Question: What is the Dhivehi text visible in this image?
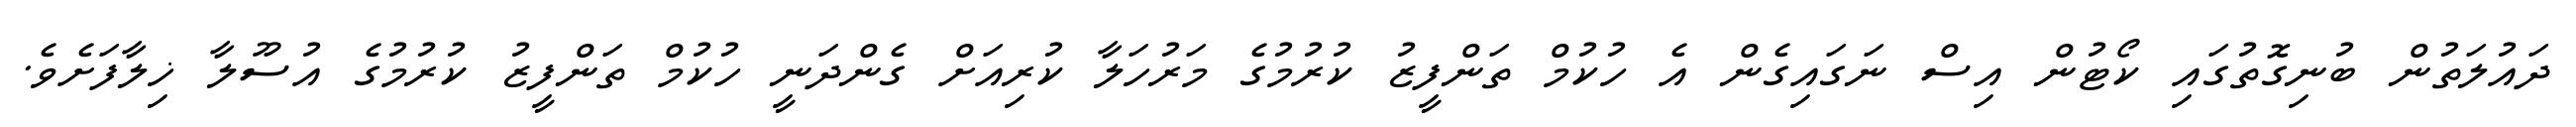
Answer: ދައުލަތުން ބުނިގޮތުގައި ކޯޓުން އިސް ނަގައިގެން އެ ހުކުމް ތަންފީޒު ކުރުމުގެ މަރުހަލާ ކުރިއަށް ގެންދަނީ ހުކުމް ތަންފީޒު ކުރުމުގެ އުސޫލާ ޚިލާފަށެވެ.